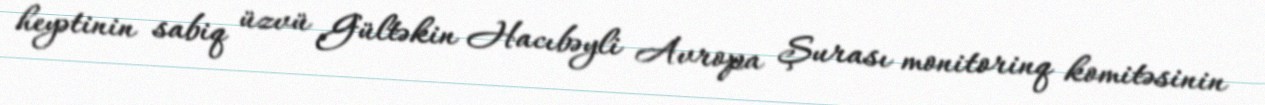
heyətinin sabiq üzvü Gültəkin Hacıbəyli Avropa Şurası monitorinq komitəsinin